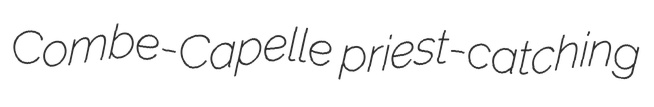
Combe-Capelle priest-catching